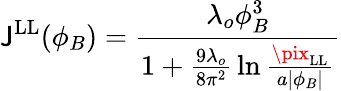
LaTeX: \mathsf{J}^{\mathrm{{LL}}}(\phi_{B})={\frac{{\lambda_{o}\phi_{B}^{3}}}{{1+{\frac{{9\lambda_{o}}}{{8\pi^{2}}}}\ln{\frac{{\pix_{\mathrm{{LL}}}}}{{a|\phi_{B}|}}}}}}